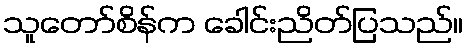
သူတော်စိန်က ခေါင်းညိတ်ပြသည်။